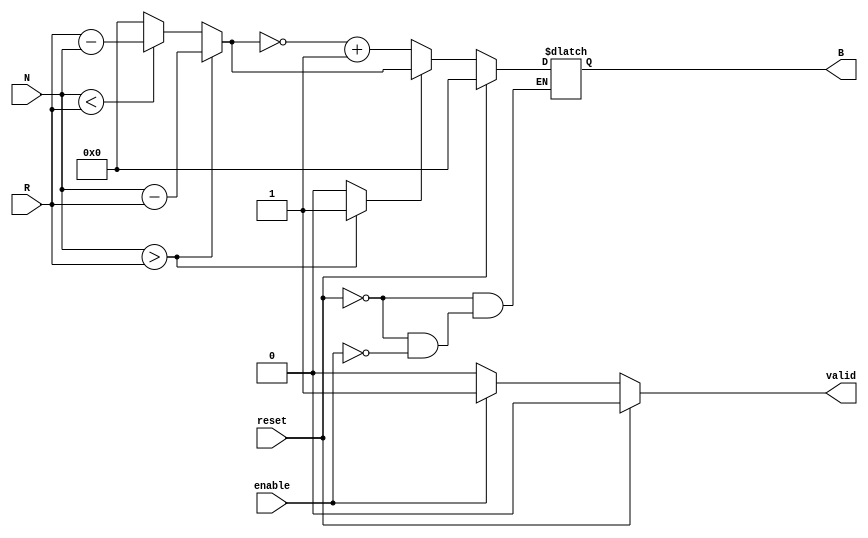
module RelativeEncoder #(
    parameter DATA_WIDTH = 8 // Width of position inputs and output
)(
    input wire [DATA_WIDTH-1:0] N, // Current Position Input
    input wire [DATA_WIDTH-1:0] R, // Reference Position Input
    input wire reset,               // Reset signal
    input wire enable,              // Enable signal
    output reg [DATA_WIDTH-1:0] B,  // Binary Output
    output reg valid                // Output valid flag
);

    // Internal signals for comparison
    wire [DATA_WIDTH-1:0] diff;
    reg direction; // 1 for N > R, 0 for N < R

    always @* begin
        if (reset) begin
            // Reset condition
            B = 0;
            valid = 0;
        end else if (enable) begin
            // Compare N and R
            if (N > R) begin
                direction = 1; // Positive direction
                diff = N - R;  // Calculate magnitude
            end else if (N < R) begin
                direction = 0; // Negative direction
                diff = R - N;  // Calculate magnitude
            end else begin
                direction = 0; // No change
                diff = 0;
            end
            
            // Encoding logic based on direction
            if (direction) begin
                B = diff; // Positive relative position
            end else begin
                B = ~diff + 1; // Negative relative position (Two's complement)
            end
            
            valid = 1; // Output is valid
        end else begin
            // If not enabled, maintain previous state
            valid = 0;
        end
    end

endmodule